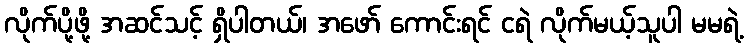
လိုက်ပို့ဖို့ အဆင်သင့် ရှိပါတယ်၊ အဖော် ကောင်းရင် ငရဲ လိုက်မယ့်သူပါ မမရဲ့